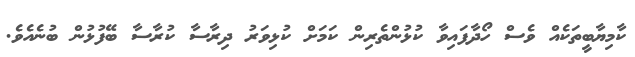
ކާމިޔާބީތަކެއް ވެސް ހޯދާފައިވާ ކުޅުންތެރިން ކަމަށް ކުޅިވަރު ދިރާސާ ކުރާސާ ބޭފުޅުން ބުނެއެވެ.